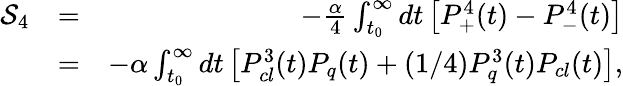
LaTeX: \begin{array}{rlr}{{\cal S}_{4}}&{=}&{-\frac{\alpha}{4}\int_{t_{0}}^{\infty}dt\left[P_{+}^{4}(t)-P_{-}^{4}(t)\right]}\\ &{=}&{-\alpha\int_{t_{0}}^{\infty}dt\left[P_{cl}^{3}(t)P_{q}(t)+(1/4)P_{q}^{3}(t)P_{cl}(t)\right],}\end{array}